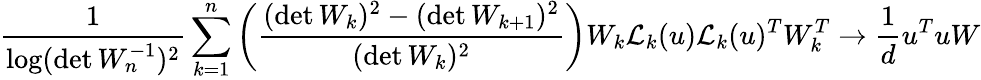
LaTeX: \frac{1}{\log(\operatorname*{det}W_{n}^{-1})^{2}}\sum_{k=1}^{n}\bigg(\frac{(\operatorname*{det}W_{k})^{2}-(\operatorname*{det}W_{k+1})^{2}}{(\operatorname*{det}W_{k})^{2}}\bigg)W_{k}\mathcal{L}_{k}(u)\mathcal{L}_{k}(u)^{T}W_{k}^{T}\to\frac{1}{d}u^{T}uW